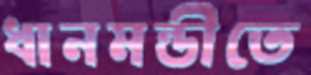
ধানমন্ডীতে